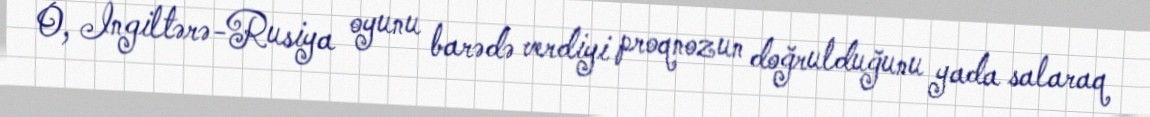
O, İngiltərə-Rusiya oyunu barədə verdiyi proqnozun doğrulduğunu yada salaraq